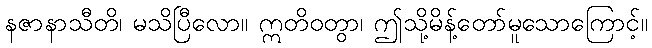
နဇာနာသီတိ၊ မသိပြီလော။ ဣတိဝတွာ၊ ဤသို့မိန့်တော်မူသောကြောင့်။